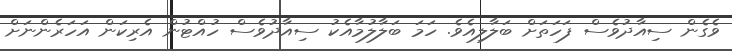
ވެގެން ސިއާދުވެސް ފަހަތަށް ބަލާލިއެވެ. ހަމަ ބަލާލުމާއެކު ސިއާދުވެސް ހުއްޓުން އެރިކަން އަހަރެންނަށް